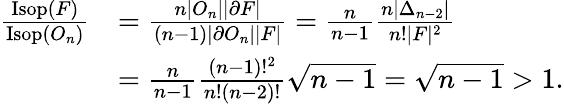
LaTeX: \begin{array}{rl}{\frac{\mathrm{Isop}(F)}{\mathrm{Isop}(O_{n})}}&{=\frac{n|O_{n}||\partial F|}{(n-1)|\partial O_{n}||F|}=\frac{n}{n-1}\frac{n|\Delta_{n-2}|}{n!|F|^{2}}}\\ &{=\frac{n}{n-1}\frac{(n-1)!^{2}}{n!(n-2)!}\sqrt{n-1}=\sqrt{n-1}>1.}\end{array}